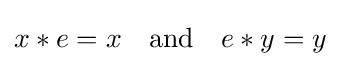
x*e=x\quad {\text{and}}\quad e*y=y